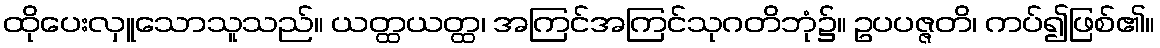
ထိုပေးလှူသောသူသည်။ ယတ္ထယတ္ထ၊ အကြင်အကြင်သုဂတိဘုံ၌။ ဥပပဇ္ဇတိ၊ ကပ်၍ဖြစ်၏။